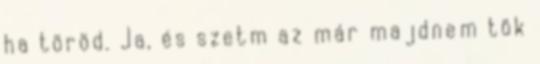
ha töröd. Ja, és szetm az már majdnem tök